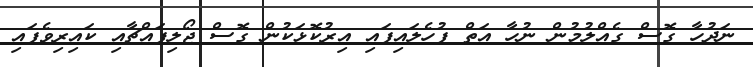
ނަދުހާ ގޮޮސް ގެއްލުމުން ނުހާ އަތް ފުހެލައިފައި އިރުކޮޅަކުން ގޮސް ޖޯލިފައްޗާއި ކައިރިވެފައި